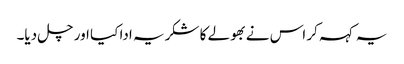
یہ کہہ کر اس نے بھولے کا شکریہ ادا کیا اور چل دیا۔